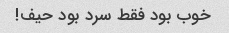
خوب بود فقط سرد بود حیف!